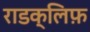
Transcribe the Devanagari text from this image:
राडक्लिफ़